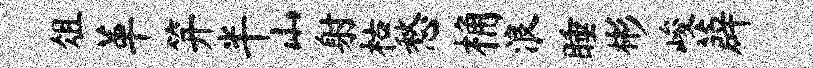
俎革笄半山射枯愁桷浪睡彬峻薜